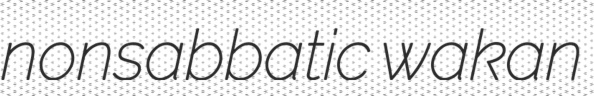
nonsabbatic wakan